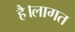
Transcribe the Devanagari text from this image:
है।लागत